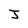
Character: J